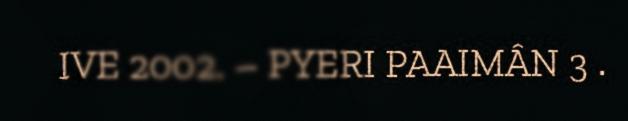
IVE 2002. – PYERI PAAIMÂN 3 .